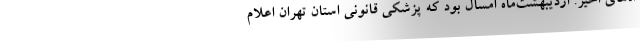
اه‌های اخیر. اردیبهشت‌ماه امسال بود که پزشکی قانونی استان تهران اعلام